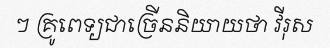
ៗ គ្រូពេទ្យជាច្រើននិយាយថា វីរុស